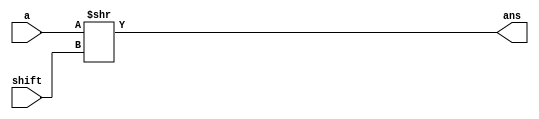
module SRL(
input [23:0] a,
input [4:0] shift, //5 bits to represent up to 32... need only 23 for mantissa
output [23:0] ans
);

assign ans = a >> shift;

endmodule